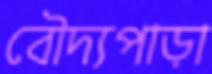
বৌদ্যপাড়া